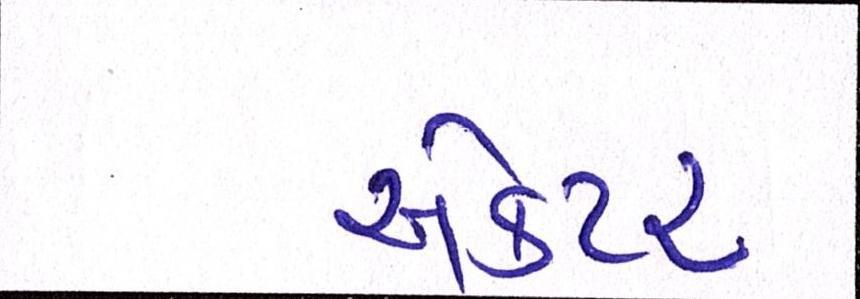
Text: ઍક્ટર